Lunatic asylums Central Provinces reports 1874-1885 - 1874-1885
Year: 1874
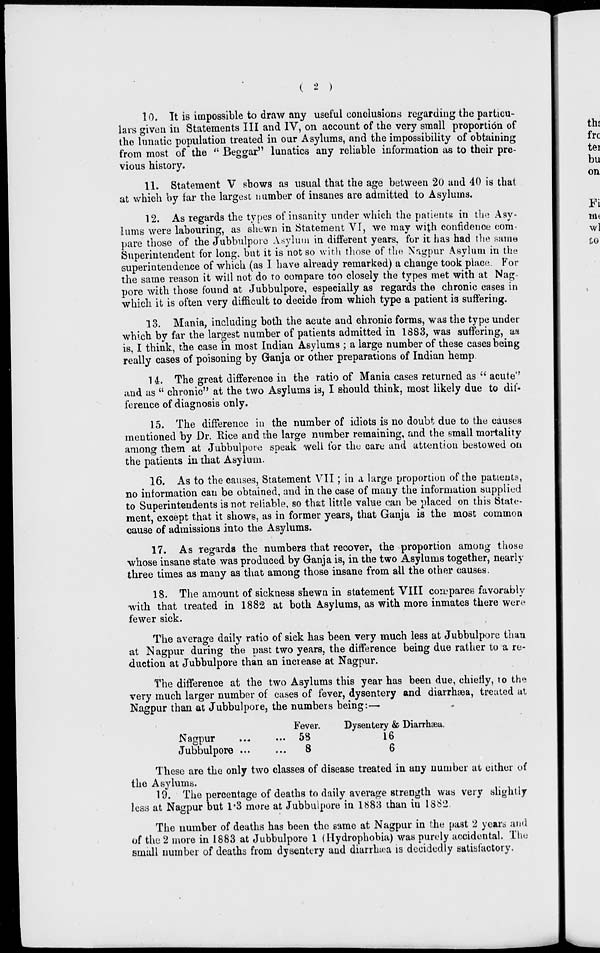
( 2 )
10. It is impossible to draw any useful conclusions regarding the particu-
lars given in Statements III and IV, on account of the very small proportion of
the lunatic population treated in our Asylums, and the impossibility of obtaining
from most of the " Beggar" lunatics any reliable information as to their pre-
vious history.
11. Statement V shows as usual that the age between 20 and 40 is that
at which by far the largest number of insanes are admitted to Asylums.
12. As regards the types of insanity under which the patients in the Asy-
lums were labouring, as shewn in Statement VI, we may with confidence com-
pare those of the Jubbulpore Asylum in different years, for it has had the same
Superintendent for long, but it is not so with those of the Nagpur Asylum in the
superintendence of which (as I have already remarked) a change took place. For
the same reason it will not do to compare too closely the types met with at Nag-
pore with those found at Jubbulpore, especially as regards the chronic cases in
which it is often very difficult to decide from which type a patient is suffering.
13. Mania, including both the acute and chronic forms, was the type under
which by far the largest number of patients admitted in 1883, was suffering, as
is, I think, the case in most Indian Asylums ; a large number of these cases being
really cases of poisoning by Ganja or other preparations of Indian hemp.
14. The great difference in the ratio of Mania cases returned as " acute"
and as " chronic'' at the two Asylums is, I should think, most likely due to dif-
ference of diagnosis only.
15. The difference in the number of idiots is no doubt due to the causes
mentioned by Dr. Rice and the large number remaining, and the small mortality
among them at Jubbulpore speak well for the care and attention bestowed on
the patients in that Asylum.
16. As to the causes, Statement VII ; in a large proportion of the patients,
no information can be obtained, and in the case of many the information supplied
to Superintendents is not reliable, so that little value can be placed on this State-
ment, except that it shows, as in former years, that Ganja is the most common
cause of admissions into the Asylums.
17. As regards the numbers that recover, the proportion among those
whose insane state was produced by Ganja is, in the two Asylums together, nearly
three times as many as that among those insane from all the other causes.
18. The amount of sickness shewn in statement VIII compares favorably
with that treated in 1882 at both Asylums, as with more inmates there were
fewer sick.
The average daily ratio of sick has been very much less at Jubbulpore than
at Nagpur during the past two years, the difference being due rather to a re-
duction at Jubbulpore than an increase at Nagpur.
The difference at the two Asylums this year has been due, chiefly, to the
very much larger number of cases of fever, dysentery and diarrhæa, treated at
Nagpur than at Jubbulpore, the numbers being:—
Nagpur ... ...
Jubbulpore ... ...
Fever.
58
8
Dysentery & Diarrhæa.
16
6
These are the only two classes of disease treated in any number at either of
the Asylums.
19. The percentage of deaths to daily average strength was very slightly
less at Nagpur but 1.3 more at Jubbulpore in 1883 than in 1882.
The number of deaths has been the same at Nagpur in the past 2 years and
of the 2 more in 1883 at Jubbulpore 1 (Hydrophobia) was purely accidental. The
small number of deaths from dysentery and diarrhæa is decidedly satisfactory.